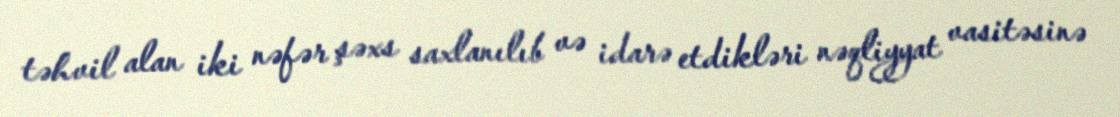
təhvil alan iki nəfər şəxs saxlanılıb və idarə etdikləri nəqliyyat vasitəsinə